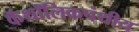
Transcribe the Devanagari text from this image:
कॅथॉलिकपंथीय